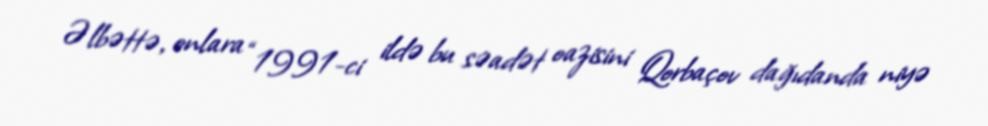
Əlbəttə, onlara “1991-ci ildə bu səadət oazisini Qorbaçov dağıdanda niyə